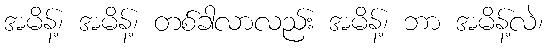
အမိန့်၊ အမိန့်၊ တစ်ခါလာလည်း အမိန့်၊ ဘာ အမိန့်လဲ၊